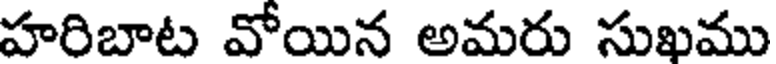
హరిబాట వోయిన అమరు సుఖము